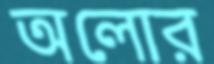
অলোর